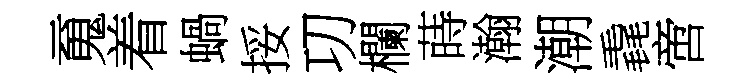
䰟着蝸挼㓛欄蒔瀚潮毳啻